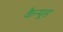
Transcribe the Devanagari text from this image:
कैन्यूस